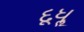
દૂધૢ